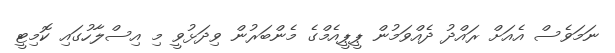
ނަމަވެސް އެއަށް ރައްދު ދެއްވަމުން ޕީޕީއެމްގެ މެންބަރުން ވިދަޅުވީ މި އިސްލާހުގައި ކޮމިޓީ